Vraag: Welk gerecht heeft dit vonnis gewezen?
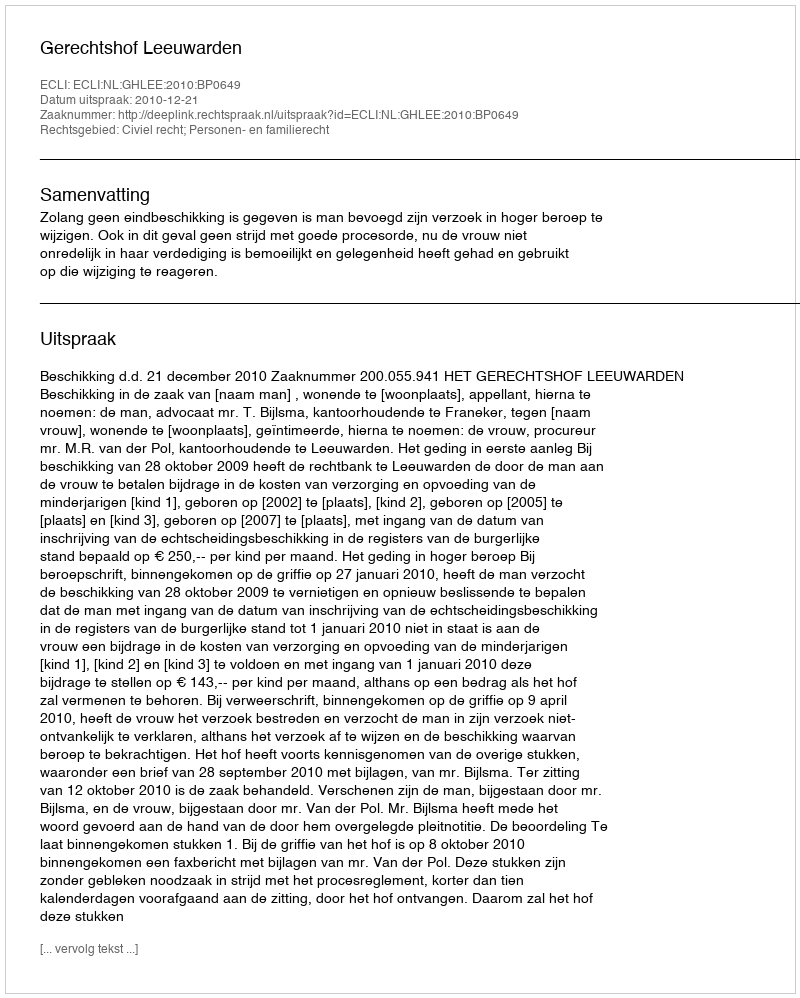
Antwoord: Gerechtshof Leeuwarden